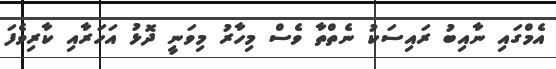
އެމްގައި ނާއިބު ރައިސަކު ނެތްތާ ވެސް މިހާރު މިވަނީ ދޮޅު އަހަރާއި ކާރިވެފަ